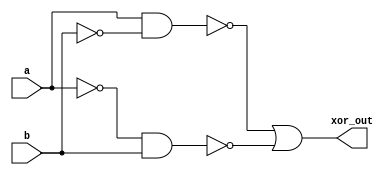
module xor_gate (
    input a,
    input b,
    output xor_out
);

wire a_bar, b_bar;

assign a_bar = ~a;
assign b_bar = ~b;

assign xor_out = ~(a & b_bar) | ~(a_bar & b);

endmodule